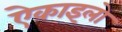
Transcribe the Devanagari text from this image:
ऐकाइलो